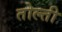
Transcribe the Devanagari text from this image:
तोल्ती